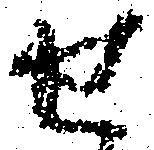
せ